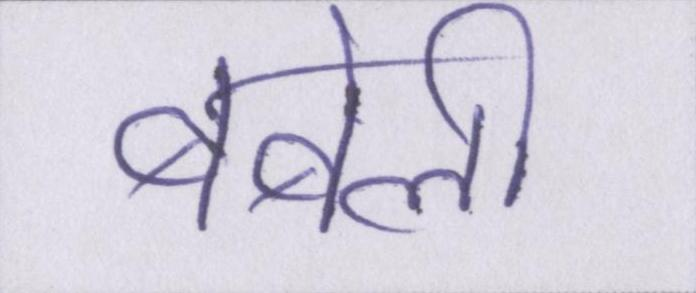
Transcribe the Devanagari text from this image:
बबेली